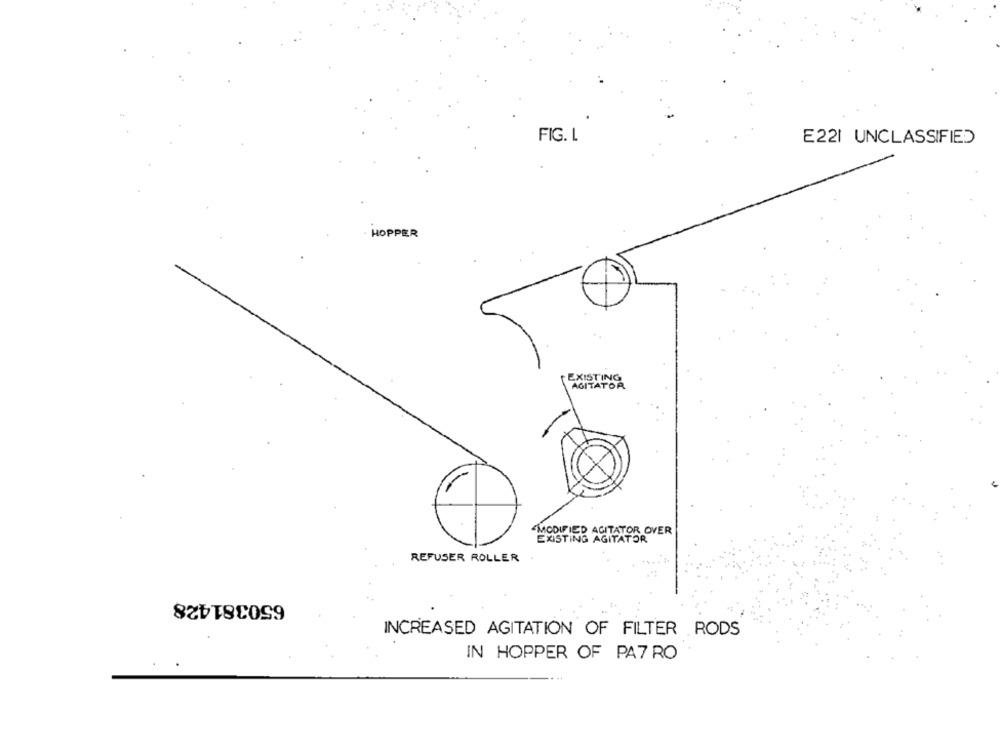
FIG. L
E221 UNCLASSIFIED
HOPPER
EXISTING
AGITATOR
MODIFIED AGITATOR OVER
EXISTING AGITATOR
REFUSER ROLLER
650381428
INCREASED AGITATION OF FILTER RODS
IN HOPPER OF PA7 RO